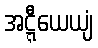
အဋ္ဋီယေယျံ